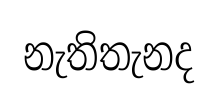
නැතිතැනද